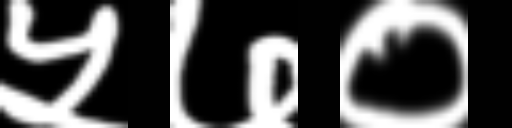
Text: ५७०